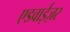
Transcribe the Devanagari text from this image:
एडवाईज़र